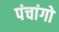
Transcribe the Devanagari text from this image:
पंचांगो